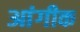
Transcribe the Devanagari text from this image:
आंगीक